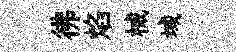
彿焰械域